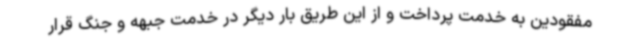
مفقودین به خدمت پرداخت و از این طریق بار دیگر در خدمت جبهه و جنگ قرار